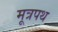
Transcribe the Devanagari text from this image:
मूत्रपथ